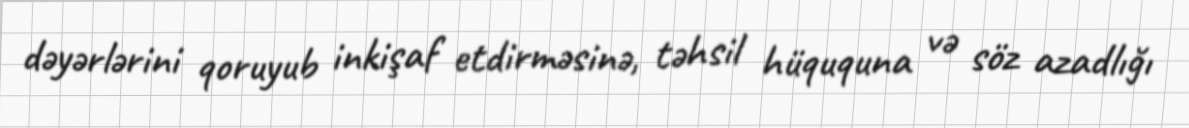
dəyərlərini qoruyub inkişaf etdirməsinə, təhsil hüququna və söz azadlığı